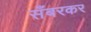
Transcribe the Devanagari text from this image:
सँबरकर